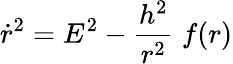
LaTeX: \dot{r}^{2}=E^{2}-\frac{h^{2}}{r^{2}}\; f(r)